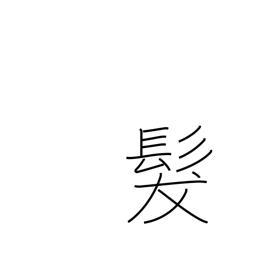
Meaning: hair